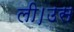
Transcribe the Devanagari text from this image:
ली।उस